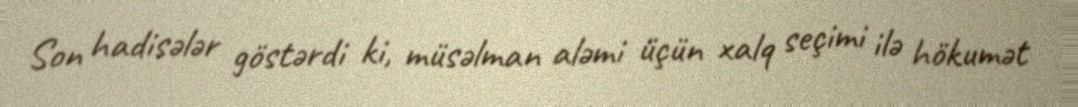
Son hadisələr göstərdi ki, müsəlman aləmi üçün xalq seçimi ilə hökumət